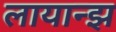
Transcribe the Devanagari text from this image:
लायान्झ